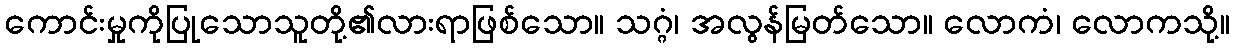
ကောင်းမှုကိုပြုသောသူတို့၏လားရာဖြစ်သော။ သဂ္ဂံ၊ အလွန်မြတ်သော။ လောကံ၊ လောကသို့။